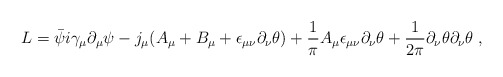
\begin{align*}L= \bar{\psi} i \gamma_{\mu} \partial_{\mu} \psi -j_{\mu}( A_{\mu} + B_{\mu} +\epsilon_{\mu \nu} \partial_{\nu}\theta) +\frac{1}{\pi}A_{\mu}\epsilon_{\mu \nu} \partial_{\nu}\theta +\frac{1}{2 \pi} \partial_{\nu}\theta \partial_{\nu}\theta \; ,\end{align*}